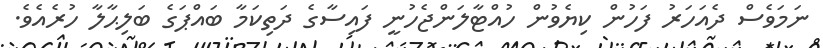
ނަމަވެސް ދެއަހަރު ފަހުން ކިޔެވުން ހުއްޓާލަންޖެހުނީ ފައިސާގެ ދަތިކަމާ ބައްޕަގެ ބަލިޙާލާ ހުރެއެވެ.